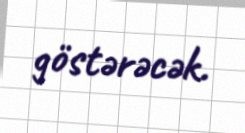
göstərəcək.